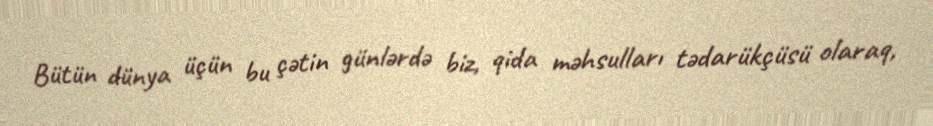
Bütün dünya üçün bu çətin günlərdə biz, qida məhsulları tədarükçüsü olaraq,